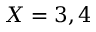
X = 3 , 4